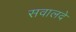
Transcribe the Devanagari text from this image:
सवालदे